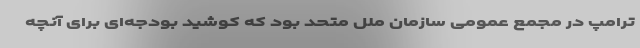
ترامپ در مجمع عمومی سازمان ملل متحد بود که کوشید بودجه‌ای برای آنچه